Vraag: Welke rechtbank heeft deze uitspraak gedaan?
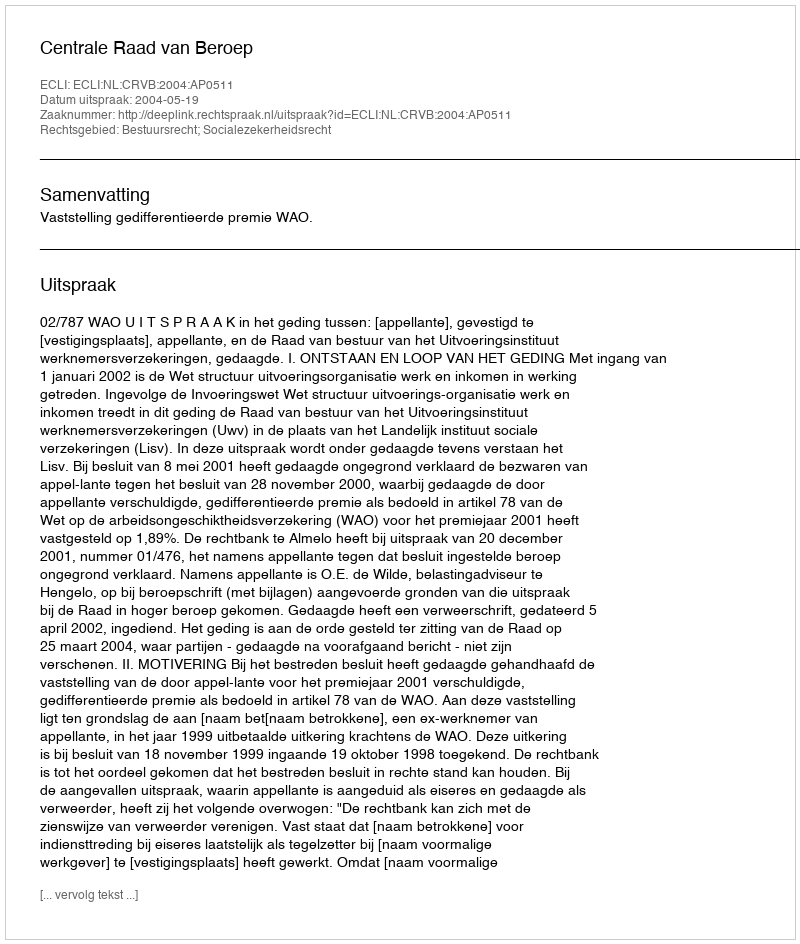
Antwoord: Centrale Raad van Beroep